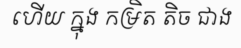
ហើយ ក្នុង កម្រិត តិច ជាង